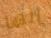
إنها